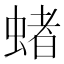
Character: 蝫